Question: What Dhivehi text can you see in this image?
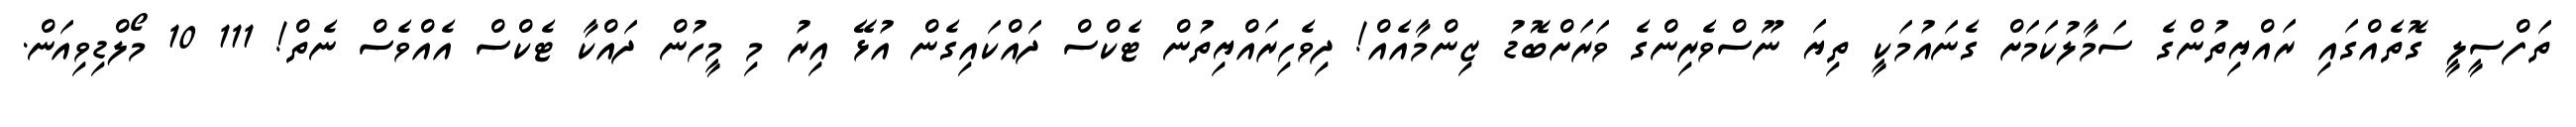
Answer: ތަފްސީލީ ގޮތެއްގައި ރައްޔިތުންގެ ސަމާލުކަމަށް ގެނައުމަކީ ތިޔަ ނޫސްވެރިންގެ ވަރަށްބޮޑު ޒިންމާއެއް! ދިވެހިރައްޔިތުން ޓެކްސް ދައްކައިގެން އުޅޭ އިރު މި މީހުން ދައްކާ ޓެކްސް އެއްވެސް ނެތް! 111 10 މޯލްޑިވިއަން.